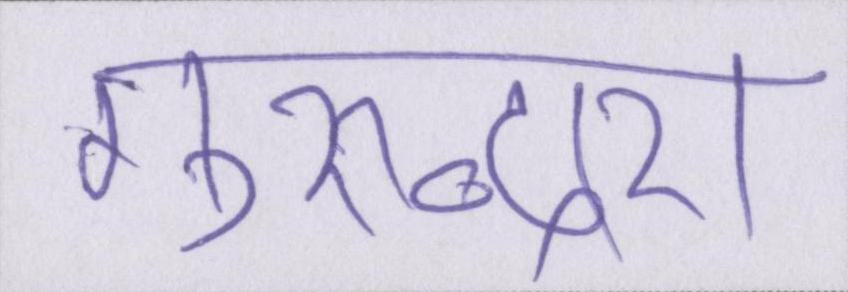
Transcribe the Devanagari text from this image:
गुरुद्वारा